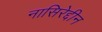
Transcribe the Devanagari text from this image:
नासिरेद्दीन